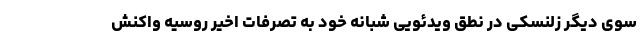
سوی دیگر زلنسکی در نطق ویدئویی شبانه خود به تصرفات اخیر روسیه واکنش